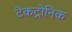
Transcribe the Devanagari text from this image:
टेकट्रोनिक